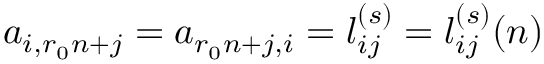
a _ { i , r _ { 0 } n + j } = a _ { r _ { 0 } n + j , i } = l _ { i j } ^ { ( s ) } = l _ { i j } ^ { ( s ) } ( n )